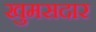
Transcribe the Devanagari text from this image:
खुमसदार